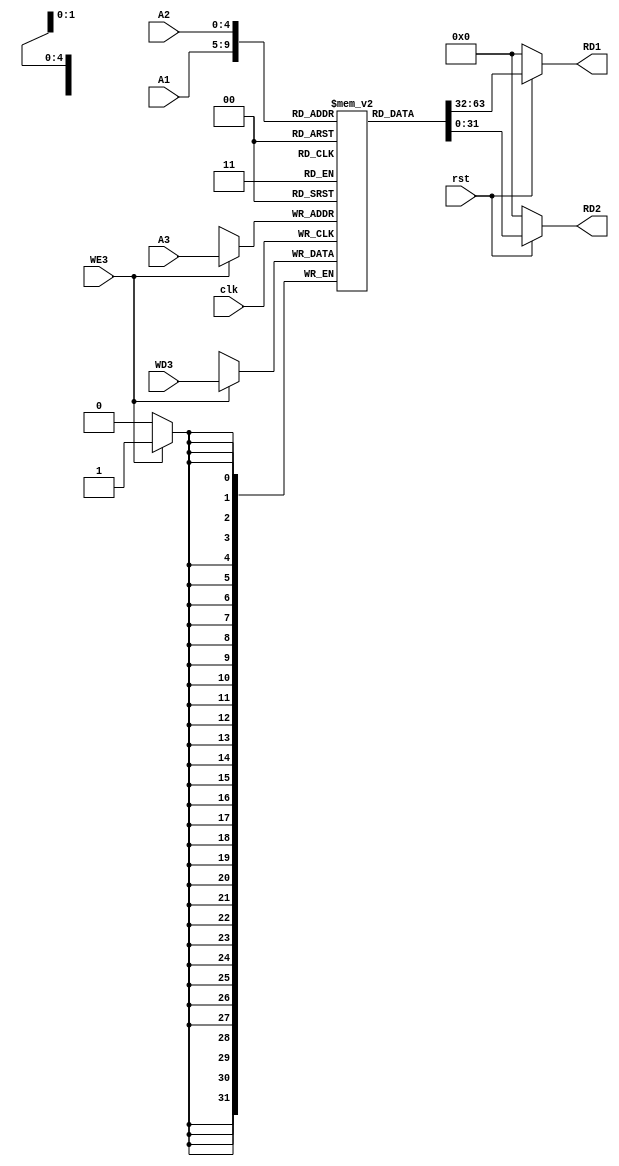
module Register_file(A1,A2,A3,WD3,WE3,RD1,RD2,clk,rst);
   input [4:0] A1,A2,A3;
   input [31:0] WD3;
   input clk,rst,WE3;
   output [31:0] RD1,RD2;

   //creation of memory
   reg [31:0] Register [31:0];

   //read functionality

   assign RD1 = (!rst) ? 32'h00000000 : Register[A1];
   assign RD2 = (!rst) ? 32'h00000000 : Register[A2];

   always @ (posedge clk) begin
     if (WE3)
     begin
     Register[A3] <= WD3;
     end
   end

   initial begin
     Register[9] = 32'h00000030; 
     Register[6] = 32'h00000040; 
     Register[11] = 32'h00000028;
     Register[12] = 32'h00000030;
   end

endmodule